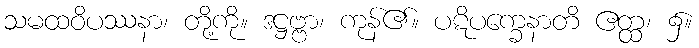
သမထဝိပဿနာ၊ တို့ကို။ ဒဋ္ဌဗ္ဗာ၊ ကုန်၏။ ပဋိပက္ခေနာတိ ဧတ္ထ၊ ၌။